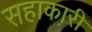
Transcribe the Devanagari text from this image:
सहाकारी